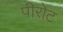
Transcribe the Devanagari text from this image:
पीरोट